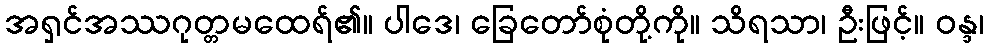
အရှင်အဿဂုတ္တမထေရ်၏။ ပါဒေ၊ ခြေတော်စုံတို့ကို။ သိရသာ၊ ဦးဖြင့်။ ဝန္ဒ၊